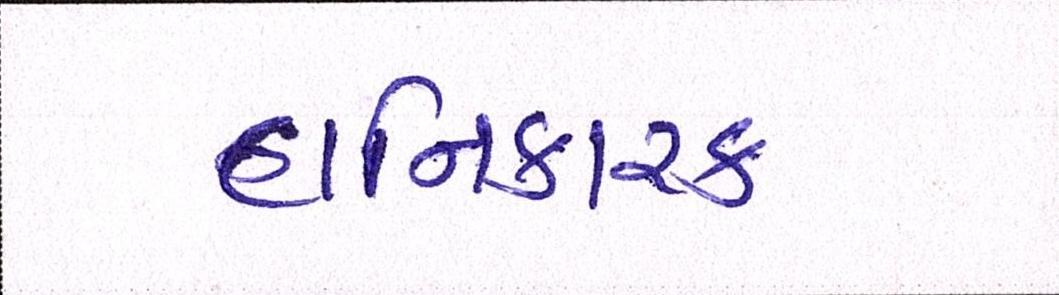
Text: હાનિકારક